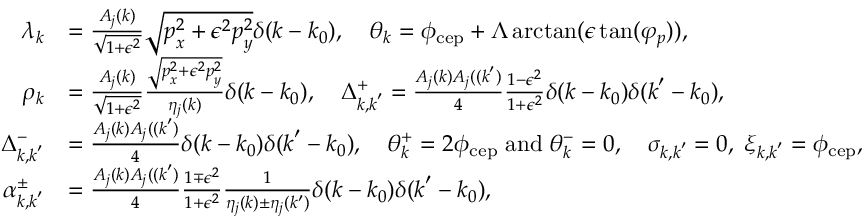
\begin{array} { r l } { \lambda _ { \boldsymbol { k } } } & { = \frac { A _ { j } ( k ) } { \sqrt { 1 + \epsilon ^ { 2 } } } \sqrt { \boldsymbol { p } _ { x } ^ { 2 } + \epsilon ^ { 2 } \boldsymbol { p } _ { y } ^ { 2 } } \delta ( \boldsymbol { k } - \boldsymbol { k } _ { 0 } ) , \quad \theta _ { \boldsymbol { k } } = \phi _ { \mathrm { c e p } } + \Lambda \arctan ( \epsilon \tan ( \varphi _ { p } ) ) , } \\ { \rho _ { \boldsymbol { k } } } & { = \frac { A _ { j } ( \boldsymbol { k } ) } { \sqrt { 1 + \epsilon ^ { 2 } } } \frac { \sqrt { \boldsymbol { p } _ { x } ^ { 2 } + \epsilon ^ { 2 } \boldsymbol { p } _ { y } ^ { 2 } } } { \eta _ { j } ( \boldsymbol { k } ) } \delta ( \boldsymbol { k } - \boldsymbol { k } _ { 0 } ) , \quad \Delta _ { \boldsymbol { k } , \boldsymbol { k } ^ { \prime } } ^ { + } = \frac { A _ { j } ( \boldsymbol { k } ) A _ { j } ( ( \boldsymbol { k } ^ { \prime } ) } { 4 } \frac { 1 - \epsilon ^ { 2 } } { 1 + \epsilon ^ { 2 } } \delta ( \boldsymbol { k } - \boldsymbol { k } _ { 0 } ) \delta ( \boldsymbol { k } ^ { \prime } - \boldsymbol { k } _ { 0 } ) , } \\ { \Delta _ { \boldsymbol { k } , \boldsymbol { k } ^ { \prime } } ^ { - } } & { = \frac { A _ { j } ( \boldsymbol { k } ) A _ { j } ( ( \boldsymbol { k } ^ { \prime } ) } { 4 } \delta ( \boldsymbol { k } - \boldsymbol { k } _ { 0 } ) \delta ( \boldsymbol { k } ^ { \prime } - \boldsymbol { k } _ { 0 } ) , \quad \theta _ { \boldsymbol { k } } ^ { + } = 2 \phi _ { \mathrm { c e p } } \; \mathrm { a n d } \; \theta _ { \boldsymbol { k } } ^ { - } = 0 , \quad \sigma _ { \boldsymbol { k } , \boldsymbol { k } ^ { \prime } } = 0 , \; \xi _ { \boldsymbol { k } , \boldsymbol { k } ^ { \prime } } = \phi _ { \mathrm { c e p } } , } \\ { \alpha _ { \boldsymbol { k } , \boldsymbol { k } ^ { \prime } } ^ { \pm } } & { = \frac { A _ { j } ( \boldsymbol { k } ) A _ { j } ( ( \boldsymbol { k } ^ { \prime } ) } { 4 } \frac { 1 \mp \epsilon ^ { 2 } } { 1 + \epsilon ^ { 2 } } \frac { 1 } { \eta _ { j } ( \boldsymbol { k } ) \pm \eta _ { j } ( \boldsymbol { k ^ { \prime } } ) } \delta ( \boldsymbol { k } - \boldsymbol { k } _ { 0 } ) \delta ( \boldsymbol { k } ^ { \prime } - \boldsymbol { k } _ { 0 } ) , } \end{array}